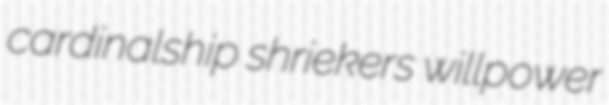
cardinalship shriekers willpower